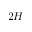
2 H